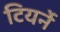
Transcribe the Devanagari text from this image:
टियर्ने